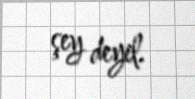
şey deyil.